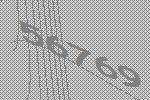
56769